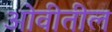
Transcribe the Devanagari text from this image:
ओवीतील